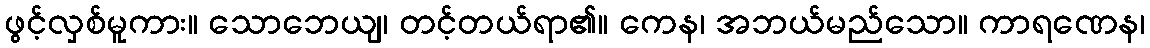
ဖွင့်လှစ်မူကား။ သောဘေယျ၊ တင့်တယ်ရာ၏။ ကေန၊ အဘယ်မည်သော။ ကာရဏေန၊